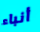
أنباء